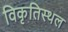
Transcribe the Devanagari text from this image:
विकृतिस्थल